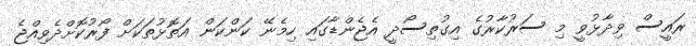
ރައީސް ވިދާޅުވީ މި ސަރުކާރުގެ އިގުތިސޯދީ އެޖެންޑާގައި ހިމެނޭ ކަންކަން އަތޮޅުތަކަށް ފޯރުކޮށްދެވިއްޖެ